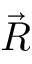
\vec { R }